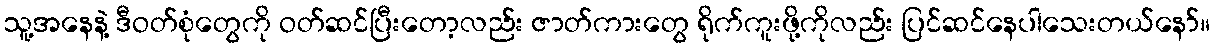
သူ့အနေနဲ့ ဒီဝတ်စုံတွေကို ဝတ်ဆင်ပြီးတော့လည်း ဇာတ်ကားတွေ ရိုက်ကူးဖို့ကိုလည်း ပြင်ဆင်နေပါသေးတယ်နော်။